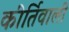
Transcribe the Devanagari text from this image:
कीर्तिवाली